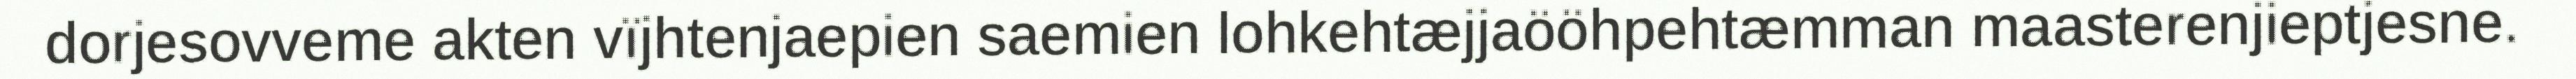
dorjesovveme akten vïjhtenjaepien saemien lohkehtæjjaööhpehtæmman maasterenjieptjesne.